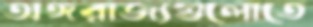
অঙ্গরাজ্যগুলোতে